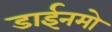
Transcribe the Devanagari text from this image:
डाईनमो